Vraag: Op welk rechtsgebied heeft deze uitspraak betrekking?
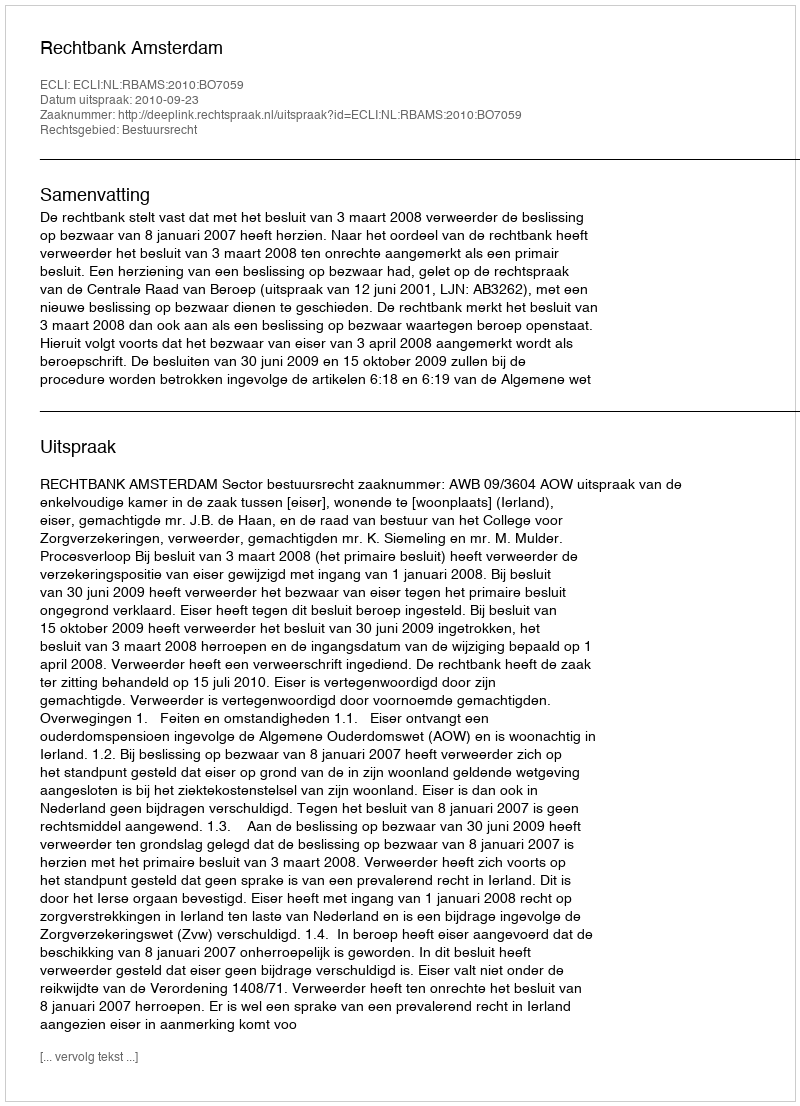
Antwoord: Bestuursrecht